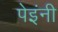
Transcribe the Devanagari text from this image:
पेइंनी